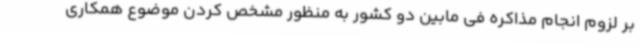
بر لزوم انجام مذاکره فی مابین دو کشور به منظور مشخص کردن موضوع همکاری